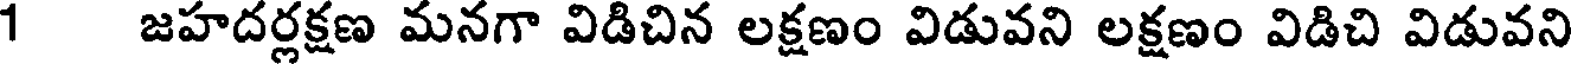
1 జహదర్లక్షణ మనగా విడిచిన లక్షణం విడువని లక్షణం విడిచి విడువని